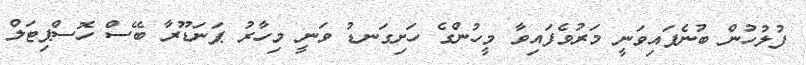
ފުލުހުން ބުނެފައިވަނީ މަރުވެފައިވާ މީހުންގެ ހަށިގަނޑު ވަނީ މިހާރު ޕަނަޑޫރާ ބޭސް ހޮސްޕިޓަލް